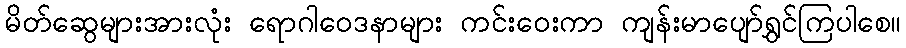
မိတ်ဆွေများအားလုံး ရောဂါဝေဒနာများ ကင်းဝေးကာ ကျန်းမာပျော်ရွှင်ကြပါစေ။